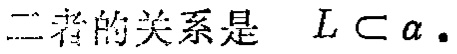
二者的关系是 \(L \subset \alpha\).